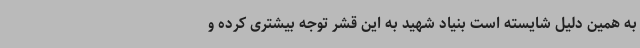
به همین دلیل شایسته است بنیاد شهید به این قشر توجه بیشتری کرده و